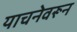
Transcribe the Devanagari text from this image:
याचनेवरून